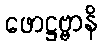
ဖောဋ္ဌဗ္ဗာနိ